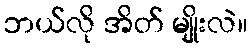
ဘယ်လို အိတ် မျိုးလဲ။